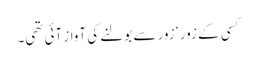
کسی کے زور ‘ زور سے بولنے کی آواز آئی تھی۔